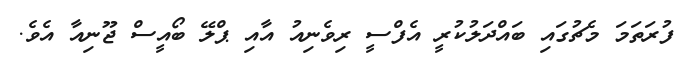
ފުރަތަމަ މެޗުގައި ބައްދަލުކުރީ އެފްސީ ރިވެނިއު އާއި ޕްލޭ ބޯއީސް ޖޫނިއާ އެވެ.